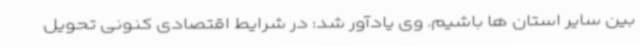
بین سایر استان ها باشیم. وی یادآور شد: در شرایط اقتصادی کنونی تحویل